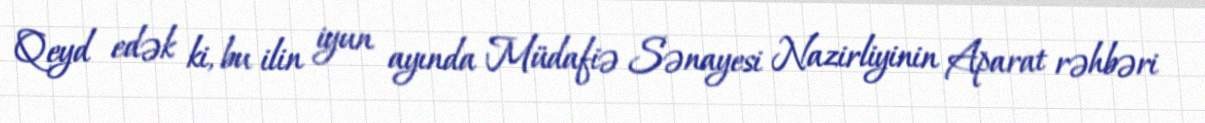
Qeyd edək ki, bu ilin iyun ayında Müdafiə Sənayesi Nazirliyinin Aparat rəhbəri